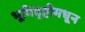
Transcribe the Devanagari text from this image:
भूमिदृष्टीमधून